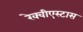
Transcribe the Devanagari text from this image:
रेक्वीएस्टास